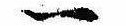
一